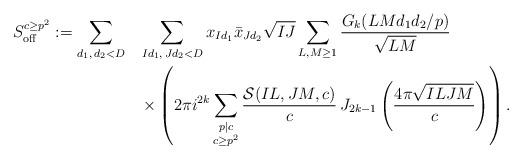
LaTeX: \begin{align*} S_{\mathrm{off}}^{c\geq p^2}:=\sum_{d_1,\,d_2<D} \,\, \,\ &\sum_{Id_1, \,Jd_2<D}x_{Id_1}\bar{x}_{Jd_2}\sqrt{IJ}\sum_{L, M\geq 1}\frac{G_k(LMd_1d_2\slash p)}{\sqrt{LM}} \\ &\times\left(2 \pi i^{2k} \sum_{\substack{p|c\\ c \geq p^2}}\frac{\mathcal{S}(IL, JM, c )}{c} \,J_{2k-1}\left(\frac{4\pi \sqrt{ILJM}}{c}\right)\right).\end{align*}